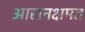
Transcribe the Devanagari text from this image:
आसनक्षमत